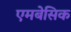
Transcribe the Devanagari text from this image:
एमबेसिक